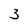
Character: 3